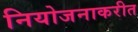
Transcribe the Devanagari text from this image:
नियोजनाकरीत